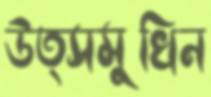
উত্সমুখিন